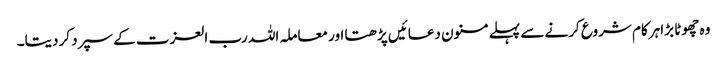
وہ چھوٹا بڑا ہرکام شروع کرنے سے پہلے مسنون دعائیں پڑھتا اور معاملہ اللہ رب العزت کے سپرد کردیتا۔